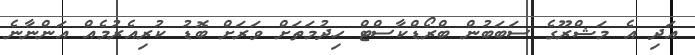
އަދި އެ މަޝްރޫގެ ސަބަބުން ބްރޯޑްކާސްޓް ހިދުމަތަށް ވަރަށް ބޮޑު ކުރިއެރުމެއް އަންނާނެ